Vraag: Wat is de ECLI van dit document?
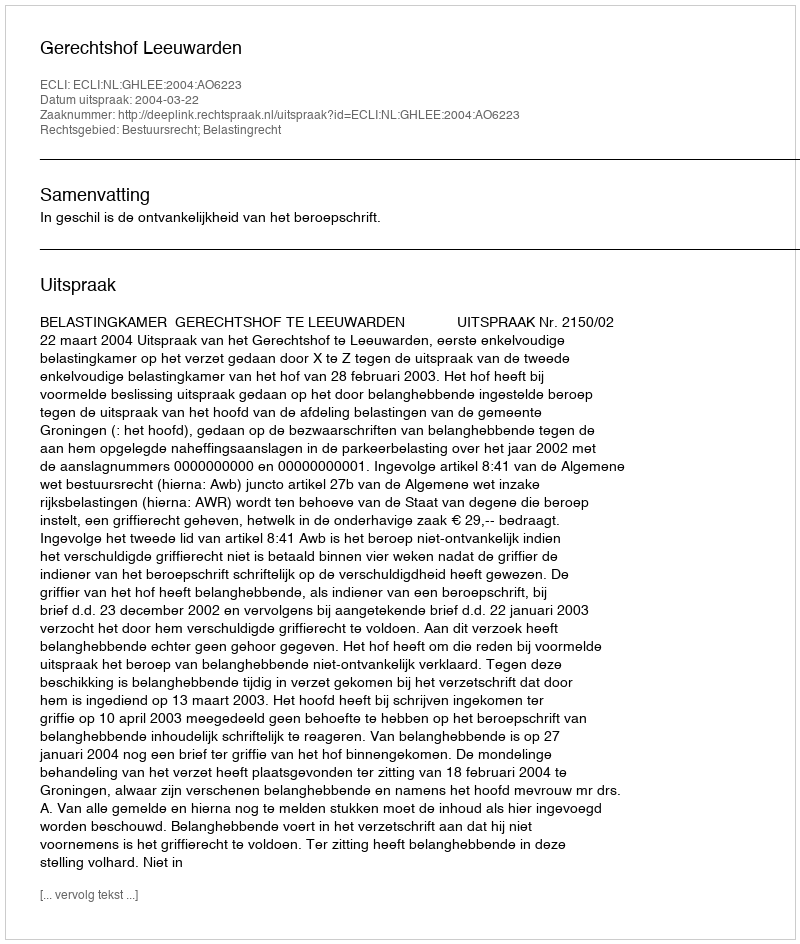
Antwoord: ECLI:NL:GHLEE:2004:AO6223